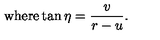
\mathrm { w h e r e } \tan \eta = { \frac { v } { r - u } } .